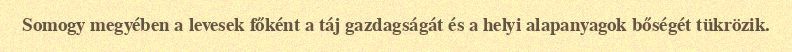
Somogy megyében a levesek főként a táj gazdagságát és a helyi alapanyagok bőségét tükrözik.